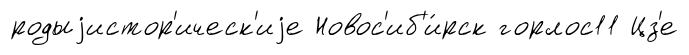
родыjистор'ическ'иjе Новос'иб'и́рск горлос11 Цз'е